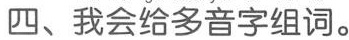
四、我会给多音字组词。